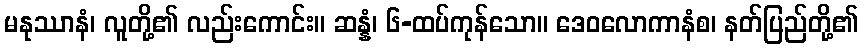
မနုဿာနံ၊ လူတို့၏ လည်းကောင်း။ ဆန္နံ၊ ၆-ထပ်ကုန်သော။ ဒေဝလောကာနံစ၊ နတ်ပြည်တို့၏